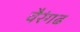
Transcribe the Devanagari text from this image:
वैरंगढ